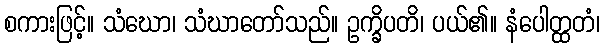
စကားဖြင့်။ သံဃော၊ သံဃာတော်သည်။ ဥက္ခိပတိ၊ ပယ်၏။ နံပေါတ္ထတံ၊